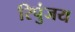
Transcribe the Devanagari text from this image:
रिपुंजय